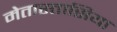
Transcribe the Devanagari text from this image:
मेतास्तासिया